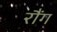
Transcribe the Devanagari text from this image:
रौंग